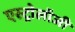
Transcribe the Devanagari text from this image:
एस्‍ट्रोलॉजी